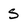
Character: s